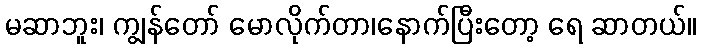
မဆာဘူး၊ ကျွန်တော် မောလိုက်တာ၊နောက်ပြီးတော့ ရေ ဆာတယ်။